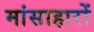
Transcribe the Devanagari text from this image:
मांसाहारों